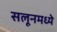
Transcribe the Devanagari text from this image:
सलूनमध्ये